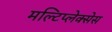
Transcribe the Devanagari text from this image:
मल्टिप्लेक्सेस